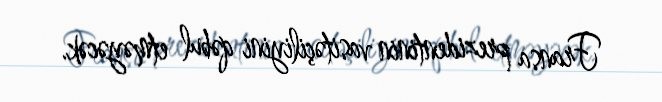
Fransa prezidentinin vasitəçiliyini qəbul etməyəcək.